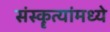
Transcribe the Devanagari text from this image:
संस्कॄत्यांमध्ये